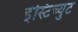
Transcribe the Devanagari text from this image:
इंस्टिच्युट